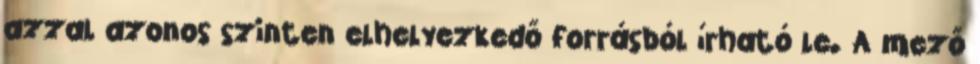
azzal azonos szinten elhelyezkedő forrásból írható le. A mező